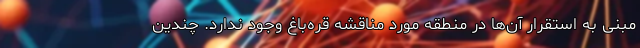
مبنی به استقرار آن‌ها در منطقه مورد مناقشه قره‌باغ وجود ندارد. چندین